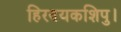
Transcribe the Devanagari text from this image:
हिरण्यकशिपु।